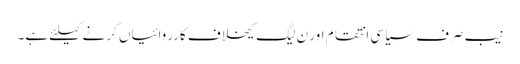
نیب صرف سیاسی انتقام اور ن لیگ کیخلاف کارروائیاں کرنے کیلئے ہے۔